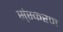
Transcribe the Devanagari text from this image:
स्ंस्करण